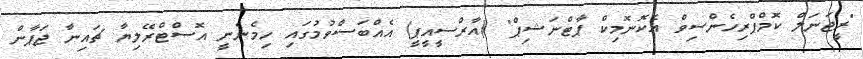
"ރީޖަނަލް ކޮމްޕްރިހެންސިވް އެކޮނޮމިކް ޕާޓްނަޝިޕް" (އާރްސީއީޕީ) އެއްބަސްވުމުގައި ހިމެނެނީ އޮސްޓްރޭލިޔާ ޗައިނާ ޖަޕާން